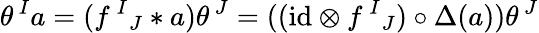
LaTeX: \theta^{\, I}a=(f^{\, I}{}_{J}\ast a)\theta^{\, J}=((\mathrm{id}\otimes f^{\, I}{}_{J})\circ\Delta(a))\theta^{\, J}